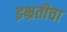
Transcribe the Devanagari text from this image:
इभ्रतीचा